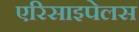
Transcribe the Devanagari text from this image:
एरिसाइपेलस